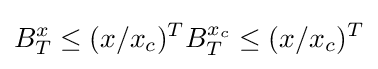
B_{T}^{x}\leq (x/x_{c})^{T}B_{T}^{x_{c}}\leq (x/x_{c})^{T}